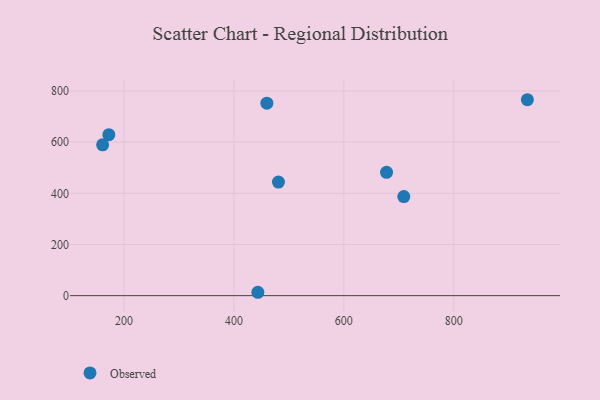
{"axis": {"x": "Price", "y": "Salary"}, "legend": ["Observed"], "data": [{"x": "677.7", "y": 481.9, "type": "Observed"}, {"x": "443.5", "y": 13.2, "type": "Observed"}, {"x": "481.0", "y": 444.0, "type": "Observed"}, {"x": "709.1", "y": 387.2, "type": "Observed"}, {"x": "934.0", "y": 765.7, "type": "Observed"}, {"x": "172.3", "y": 629.3, "type": "Observed"}, {"x": "459.9", "y": 752.3, "type": "Observed"}, {"x": "161.0", "y": 589.6, "type": "Observed"}]}